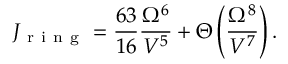
J _ { \mathrm { ~ r ~ i ~ n ~ g ~ } } = \frac { 6 3 } { 1 6 } \frac { \Omega ^ { 6 } } { V ^ { 5 } } + \Theta \left( \frac { \Omega ^ { 8 } } { V ^ { 7 } } \right) .